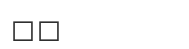
٨٧